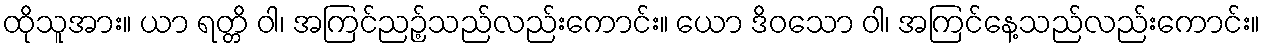
ထိုသူအား။ ယာ ရတ္တိ ဝါ၊ အကြင်ညဉ့်သည်လည်းကောင်း။ ယော ဒိဝသော ဝါ၊ အကြင်နေ့သည်လည်းကောင်း။